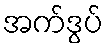
အက်ဒွပ်